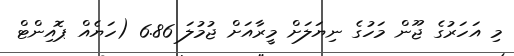
މި އަހަރުގެ ޖޫން މަހުގެ ނިޔަލަށް މީރާއަށް ޖުމުލަ 6.86 (ހަޔެއް ޕޮއިންޓް